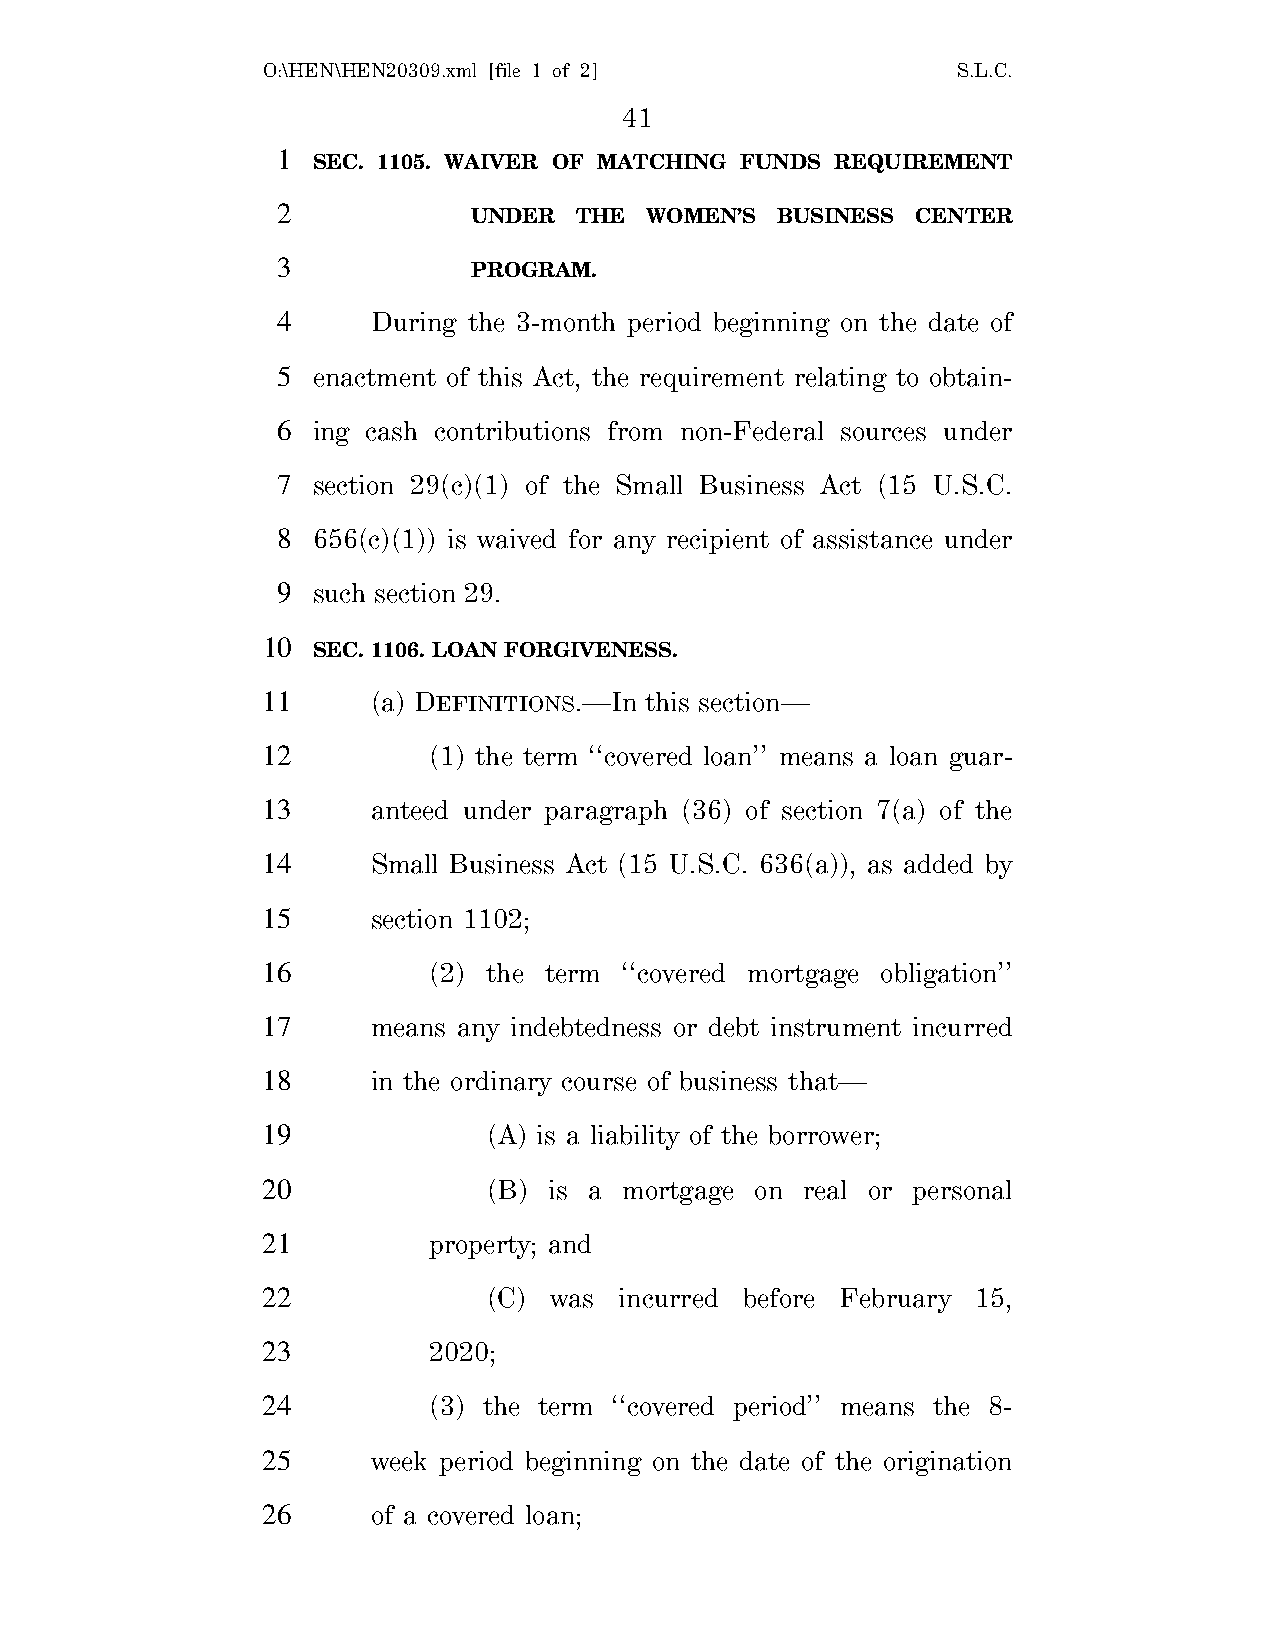
O:\HEN\HEN20309.xml [file 1 of 2]             S.L.C.
 41
 1
 SEC. 1105. WAIVER OF MATCHING FUNDS REQUIREMENT
 2
 UNDER  THE  WOMEN’S BUSINESS  CENTER
 3
 PROGRAM.
 4      During the 3-month period beginning on the date of
 5  enactment of this Act, the requirement relating to obtain-
 6  ing cash contributions from non-Federal sources under
 7  section 29(c)(1) of the Small Business Act (15 U.S.C.
 8  656(c)(1)) is waived for any recipient of assistance under
 9  such section 29.
 10
 SEC. 1106. LOAN FORGIVENESS.
 11      (a) DEFINITIONS.—In this section—
 12         (1) the term ‘‘covered loan’’ means a loan guar-
 13      anteed under paragraph (36) of section 7(a) of the
 14      Small Business Act (15 U.S.C. 636(a)), as added by
 15      section 1102;
 16         (2) the term ‘‘covered mortgage obligation’’
 17      means any indebtedness or debt instrument incurred
 18      in the ordinary course of business that—
 19             (A) is a liability of the borrower;
 20             (B) is a mortgage on real or personal
 21         property; and
 22             (C) was  incurred before February 15,
 23         2020;
 24         (3) the term ‘‘covered period’’ means the 8-
 25      week period beginning on the date of the origination
 26      of a covered loan;